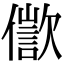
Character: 𠏩